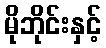
မိုဘိုင်းနှင့်